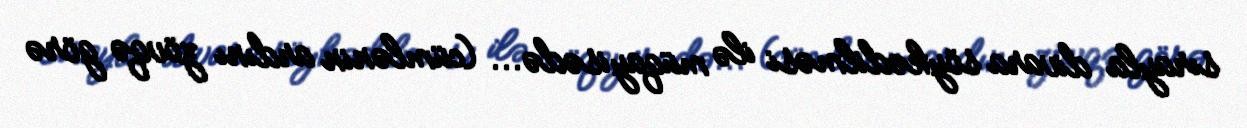
sırayla divara söykədilməsi ilə müqayisədə... (cümlənin ardını zövqə görə